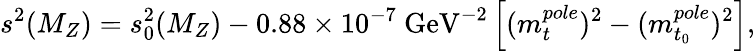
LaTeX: s^{2}(M_{Z})=s_{0}^{2}(M_{Z})-0.88\times 10^{-7}{\mathrm{~GeV}}^{-2}\left[(m_{t}^{pole})^{2}-(m_{t_{0}}^{pole})^{2}\right],